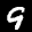
Label: 9